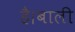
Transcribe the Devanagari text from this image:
है।बाली